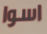
اسوا